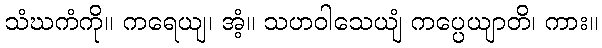
သံဃကံကို။ ကရေယျ၊ အံ့။ သဟဝါသေယျံ ကပ္ပေယျာတိ၊ ကား။